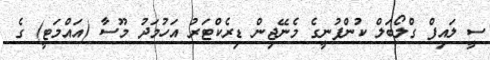
ސީ ލައިފް ގްލޯބަލް ކުންފުނީގެ މެނޭޖިން ޑިރެކްޓަރު އަހުމަދު މޫސާ (އައްމަޓީ) ގެ